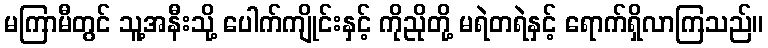
မကြာမီတွင် သူ့အနီးသို့ ပေါက်ကျိုင်းနှင့် ကိုညိုတို့ မရဲတရဲနှင့် ရောက်ရှိလာကြသည်။